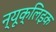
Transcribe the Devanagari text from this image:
न्यूक्लिइक